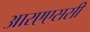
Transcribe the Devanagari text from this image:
आरएएससी